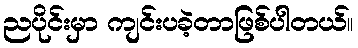
ညပိုင်းမှာ ကျင်းပခဲ့တာဖြစ်ပါတယ်။